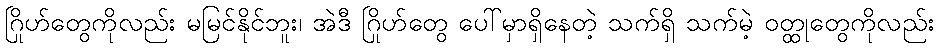
ဂြိုဟ်တွေကိုလည်း မမြင်နိုင်ဘူး၊ အဲဒီ ဂြိုဟ်တွေ ပေါ်မှာရှိနေတဲ့ သက်ရှိ သက်မဲ့ ဝတ္ထုတွေကိုလည်း